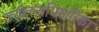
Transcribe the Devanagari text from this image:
ज्योत्स्नाभिसारिका